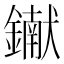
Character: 𨭹